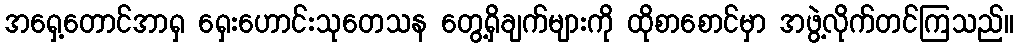
အရှေ့တောင်အာရှ ရှေးဟောင်းသုတေသန တွေ့ရှိချက်များကို ထိုစာစောင်မှာ အဖွဲ့လိုက်တင်ကြသည်။